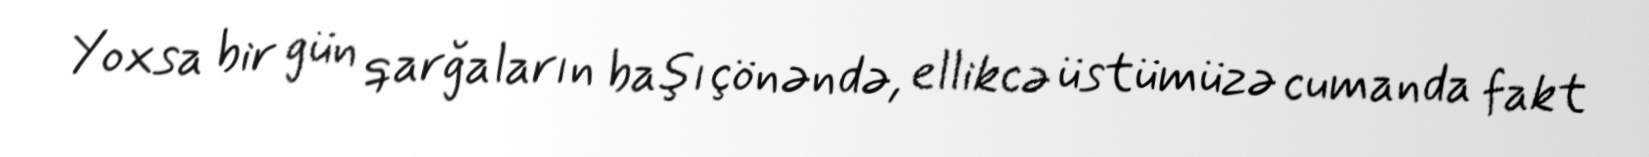
Yoxsa bir gün qarğaların başı çönəndə, ellikcə üstümüzə cumanda fakt